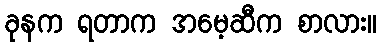
ခုနက ရတာက အမေ့ဆီက စာလား။